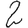
Digit: 2